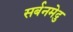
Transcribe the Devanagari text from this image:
सर्बनमेदु